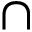
\cap